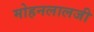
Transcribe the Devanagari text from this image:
मोहनलालजी